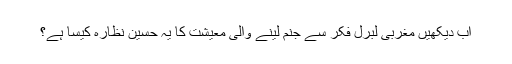
اب دیکھیں مغربی لبرل فکر سے جنم لینے والی معیشت کا یہ حسین نظارہ کیسا ہے؟